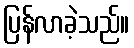
ပြန်လာခဲ့သည်။